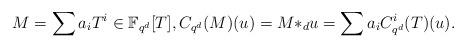
LaTeX: \begin{align*} M = \sum a_i T^i\in \mathbb{F}_{q^d}[T], C_{q^d}(M)(u) = M {*}_du=\sum a_i C_{q^d}^i(T)(u). \end{align*}